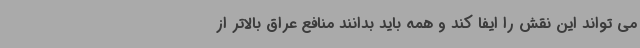
می تواند این نقش را ایفا کند و همه باید بدانند منافع عراق بالاتر از